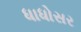
ધાધોસર